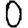
Digit: 0